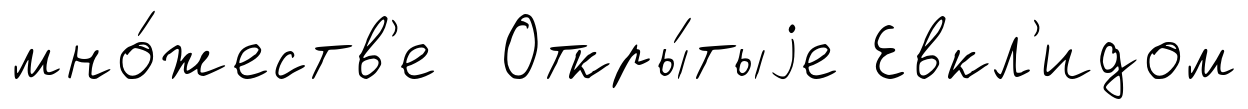
мно́жеств'е Откры́тыjе Евкл'идом